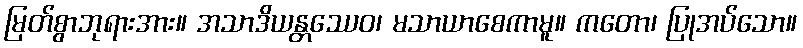
မြတ်စွာဘုရားအား။ အသာဒိယန္တဿေဝ၊ မသာယာစေကာမူ။ ကတော၊ ပြုအပ်သော။